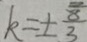
k = \pm \frac { 8 } { 3 }